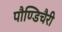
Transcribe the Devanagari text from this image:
पौण्डिचैरी